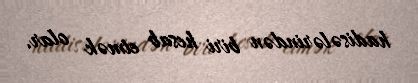
hadisələrindən biri hesab etmək olar.